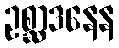
ဥစ္ဆာဒနေန